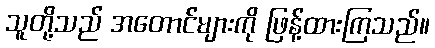
သူတို့သည် အတောင်များကို ဖြန့်ထားကြသည်။